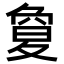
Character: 𡕱